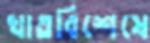
খাতবিশেষে